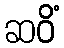
ဆဝိံ